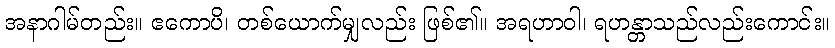
အနာဂါမ်တည်း။ ဧကောပိ၊ တစ်ယောက်မျှလည်း ဖြစ်၏။ အရဟာဝါ၊ ရဟန္တာသည်လည်းကောင်း။